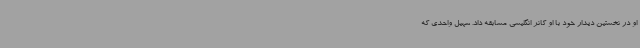
او در نخستین دیدار خود با او کانر انگلیسی مسابقه داد. سهیل واحدی که